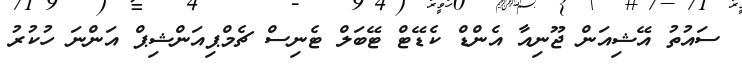
ސައުތު އޭޝިއަން ޖޫނިއާ އެންޑް ކެޑޭޓް ޓޭބަލް ޓެނިސް ޗެމްޕިއަންޝިޕް އަންނަ ހުކުރު